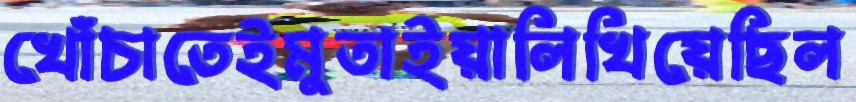
খোঁচাতেইমুতাইয়ালিখিয়েছিল